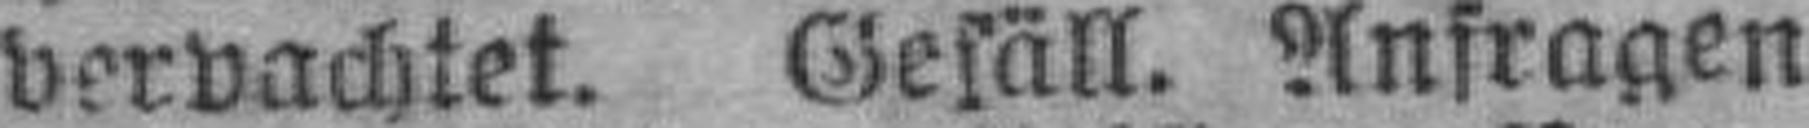
verpachtet. Gefäll. Anfragen